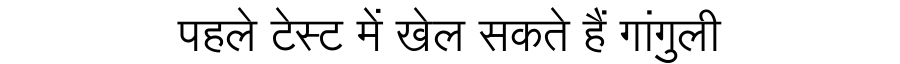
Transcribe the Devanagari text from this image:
पहले टेस्ट में खेल सकते हैं गांगुली